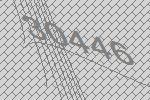
30446